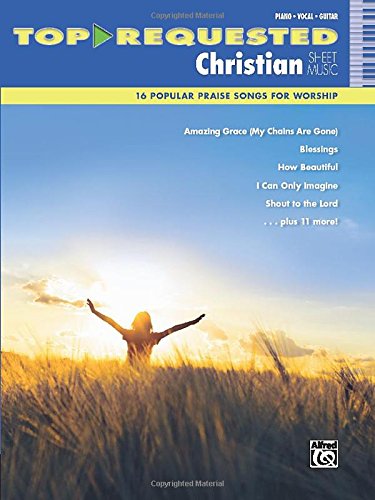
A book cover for Top-Requested Christian Sheet Music: 16 Popular Praise Songs for Worship (Piano/Vocal/Guitar) (Top-Requested Sheet Music); Alfred Publishing Staff; Christian Books & Bibles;